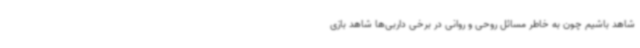
شاهد باشیم چون به خاطر مسائل روحی و روانی در برخی داربی‌ها شاهد بازی